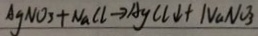
A g N O _ { 3 } + N a C l \rightarrow A g C l \downarrow + N a N O _ { 3 }